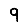
Digit: 9